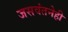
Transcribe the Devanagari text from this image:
जसवंतनेही